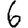
Digit: 6